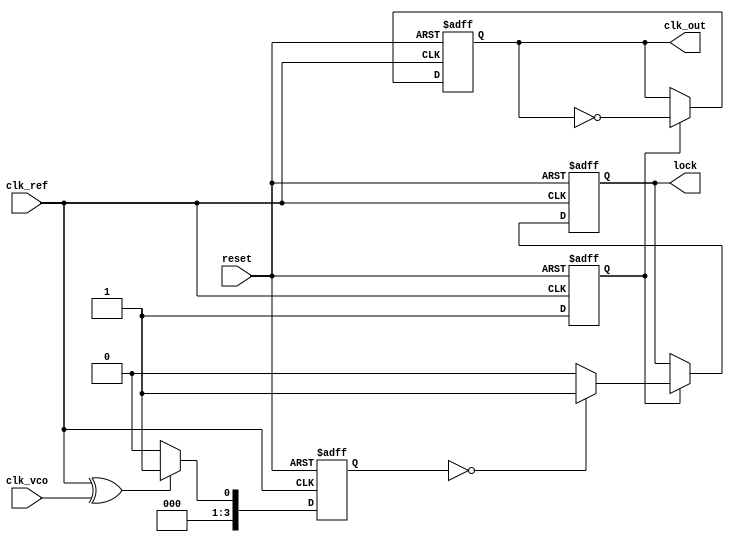
module cp_pll (
    input wire clk_ref,          // Reference clock input
    input wire clk_vco,          // VCO clock input (feedback)
    input wire reset,            // Asynchronous reset
    output reg clk_out,          // Output clock
    output reg lock              // Lock indicator
);

    // Parameters for the PLL
    parameter CP_UP_CURRENT = 1; // Charge pump up current
    parameter CP_DOWN_CURRENT = 1; // Charge pump down current
    parameter LOOP_FILTER_TIME_CONSTANT = 4; // Loop filter time constant
    parameter VCO_MAX_FREQ = 100; // Max VCO frequency
    parameter VCO_MIN_FREQ = 10;  // Min VCO frequency

    // Internal signals
    reg [3:0] phase_error;        // Phase error signal
    reg [7:0] control_voltage;     // Control voltage for VCO
    reg [7:0] vco_frequency;       // Current VCO frequency
    reg [7:0] vco_output;          // VCO output frequency
    reg vco_enable;                // VCO enable signal

    // Phase Detector (PD)
    always @(posedge clk_ref or posedge reset) begin
        if (reset) begin
            phase_error <= 0;
        end else begin
            // Simple XOR phase detector
            phase_error <= (clk_ref ^ clk_vco) ? 1 : 0;
        end
    end

    // Charge Pump (CP)
    always @(posedge clk_ref or posedge reset) begin
        if (reset) begin
            control_voltage <= 0;
        end else begin
            if (phase_error) begin
                control_voltage <= control_voltage + CP_UP_CURRENT; // Increase voltage
            end else begin
                control_voltage <= control_voltage - CP_DOWN_CURRENT; // Decrease voltage
            end
        end
    end

    // Loop Filter (simple RC filter model)
    always @(posedge clk_ref or posedge reset) begin
        if (reset) begin
            control_voltage <= 0;
        end else begin
            // Simple first-order filter
            control_voltage <= (control_voltage + control_voltage) >> LOOP_FILTER_TIME_CONSTANT;
        end
    end

    // Voltage-Controlled Oscillator (VCO)
    always @(posedge clk_ref or posedge reset) begin
        if (reset) begin
            vco_frequency <= VCO_MIN_FREQ; // Start at minimum frequency
            vco_enable <= 0;
        end else begin
            // Control VCO frequency based on control voltage
            if (control_voltage > 128) begin
                vco_frequency <= VCO_MAX_FREQ; // Max frequency
                vco_enable <= 1;
            end else if (control_voltage < 128) begin
                vco_frequency <= VCO_MIN_FREQ; // Min frequency
                vco_enable <= 1;
            end else begin
                vco_frequency <= (control_voltage * (VCO_MAX_FREQ - VCO_MIN_FREQ) / 255) + VCO_MIN_FREQ;
                vco_enable <= 1;
            end
        end
    end

    // Generate output clock
    always @(posedge clk_ref or posedge reset) begin
        if (reset) begin
            clk_out <= 0;
            lock <= 0;
        end else if (vco_enable) begin
            // Simple clock generation based on VCO frequency
            clk_out <= ~clk_out; // Toggle output clock
            // Lock detection logic (simplified)
            if (phase_error == 0) begin
                lock <= 1; // Locked
            end else begin
                lock <= 0; // Not locked
            end
        end
    end

endmodule